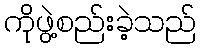
ကိုဖွဲ့စည်းခဲ့သည်